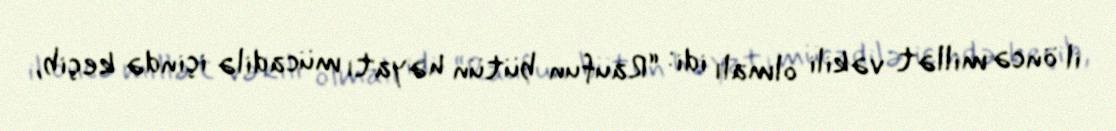
il öncə millət vəkili olmalı idi: “Raufun bütün həyatı mücadilə içində keçib,